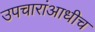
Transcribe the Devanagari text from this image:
उपचारांआधीच